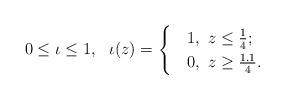
LaTeX: \begin{align*}0\le\iota\le 1,\ \ \iota(z) =\begin{cases}& 1,\ z \le \frac{1}{4};\\& 0,\ z \ge \frac{1.1}{4}.\end{cases}\end{align*}